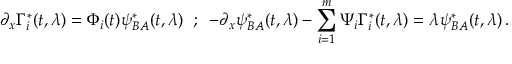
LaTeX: \partial _ { x } \Gamma _ { i } ^ { * } ( t , \lambda ) = \Phi _ { i } ( t ) \psi _ { B A } ^ { * } ( t , \lambda ) \; \; ; \; \; - \partial _ { x } \psi _ { B A } ^ { * } ( t , \lambda ) - \sum _ { i = 1 } ^ { m } \Psi _ { i } \Gamma _ { i } ^ { * } ( t , \lambda ) = \lambda \psi _ { B A } ^ { * } ( t , \lambda ) \, .